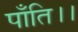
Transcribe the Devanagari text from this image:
पाँति।।